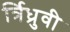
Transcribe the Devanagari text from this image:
र्त्रिध्रुवी